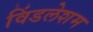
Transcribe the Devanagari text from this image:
विंडलेशम